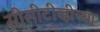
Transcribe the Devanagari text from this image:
सीसीटीव्हीच्या